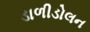
ડાળીડોલન